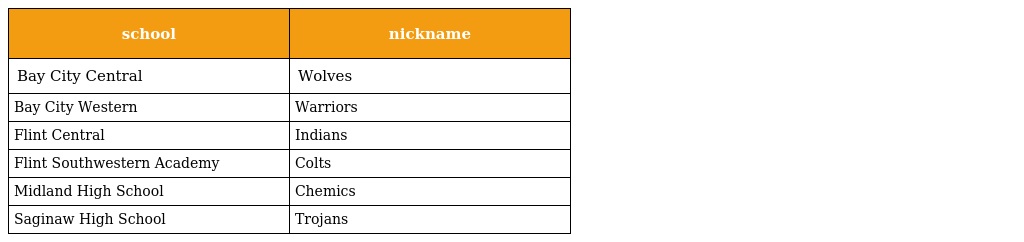
| school | nickname |
 | --- | --- |
 | Bay City Central | Wolves |
 | Bay City Western | Warriors |
 | Flint Central | Indians |
 | Flint Southwestern Academy | Colts |
 | Midland High School | Chemics |
 | Saginaw High School | Trojans |